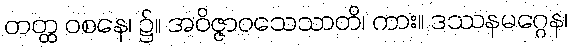
တတ္ထ ဝစနေ၊ ၌။ အဝိဇ္ဇာဝသေသာတိ၊ ကား။ ဒဿနမဂ္ဂေန၊